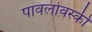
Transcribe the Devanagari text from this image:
पावलोवस्की